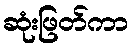
ဆုံးဖြတ်ကာ